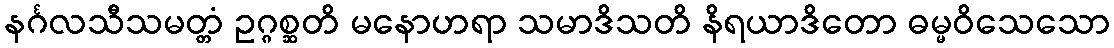
နင်္ဂလသီသမတ္တံ ဥဂ္ဂစ္ဆတိ မနောဟရာ သမာဒိသတိ နိရယာဒိတော ဓမ္မဝိသေသော